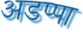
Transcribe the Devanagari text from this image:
अडप्पा